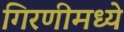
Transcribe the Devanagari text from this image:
गिरणीमध्ये